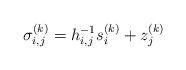
LaTeX: \begin{align*}\sigma_{i,j}^{(k)}=h_{i,j}^{-1}s_i^{(k)}+z_j^{(k)}\end{align*}